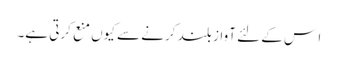
ا س کے لئے آواز بلند کرنے سے کیوں منع کرتی ہے۔